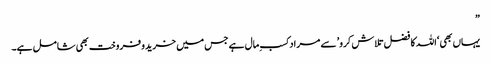
”
یہاں بھی ‘اللہ کا فضل تلاش کرو’ سے مراد کسب ِمال ہے جس میں خرید وفروخت بھی شامل ہے۔